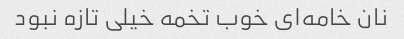
نان خامه‌ای خوب تخمه خیلی تازه نبود